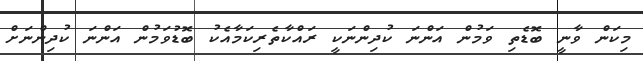
މިކަން ވާނީ ބޮޑެތި ވަމުން އަންނަ ކުދިންނަކީ ރައްކާތެރިކަމާއެކު ބޮޑުވަމުން އަންނަ ކުދިންނަށް